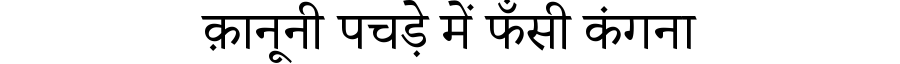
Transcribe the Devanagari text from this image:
क़ानूनी पचड़े में फँसी कंगना